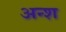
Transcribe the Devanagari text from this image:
अन्श